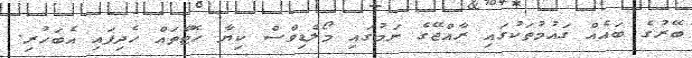
ބޭރުގެ ބައެއް ގައުމުތަކުގައި ރާއްޖޭގެ ނަމުގައި މޯލްޑިވްސް ކިޔާ ހޮޓާތައް ހެދިފައި އެބަހުރި.